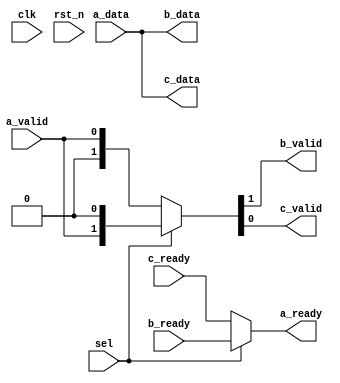
module stream_demux #(
        parameter DATA_WD = 4
    )(
        input                       sel,
        input                       clk,
        input                       rst_n,

        input                       a_valid,
        input  [DATA_WD - 1 : 0]    a_data,
        output                      a_ready,

        output                      b_valid,
        output [DATA_WD - 1 : 0]    b_data,
        input                       b_ready,

        output                      c_valid,
        output [DATA_WD - 1 : 0]    c_data,
        input                       c_ready
    );

    wire    c_fire  = c_ready && c_valid;
    wire    a_fire  = a_ready && a_valid;
    wire    b_fire  = b_ready && b_valid;

    assign             b_data = a_data;
    assign             c_data = a_data;

    assign            a_ready = sel ? b_ready : c_ready;
    assign {b_valid, c_valid} = sel ? {a_valid, 1'b0} : {1'b0, a_valid};
endmodule